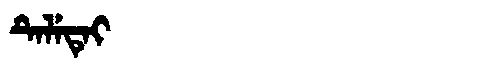
Manchu: ᡨᡝᠯᡝᡨᡝᡳ
Romanization: TELETEI